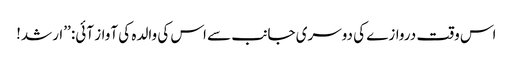
اس وقت دروازے کی دوسری جانب سے اس کی والدہ کی آواز آئی: ’’ارشد!